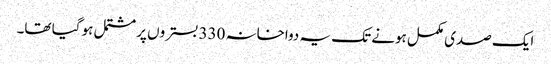
ایک صدی مکمل ہونے تک یہ دواخانہ 330 بستروں پر مشتمل ہو گیا تھا۔